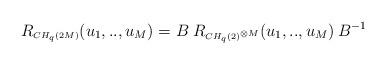
LaTeX: \begin{align*}R_{\scriptscriptstyle CH_q(2M)}(u_{1},..,u_{M}) = B \:R_{\scriptscriptstyle CH_{q}(2)^{\otimes M}}(u_{1},..,u_{M}) \: B^{-1} \\\end{align*}